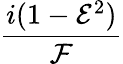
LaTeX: \frac{i(1-{\mathcal{E}}^{2})}{{\mathcal{F}}}